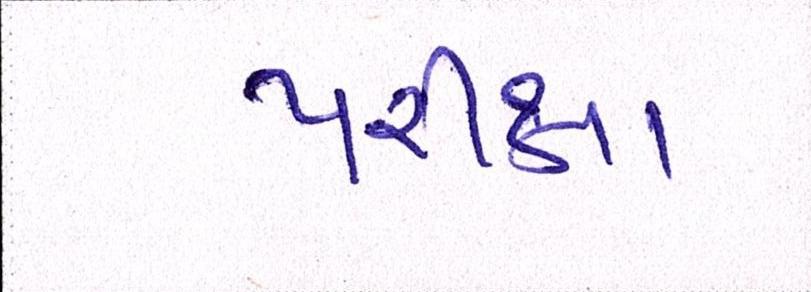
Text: પરીક્ષા